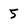
Character: 5